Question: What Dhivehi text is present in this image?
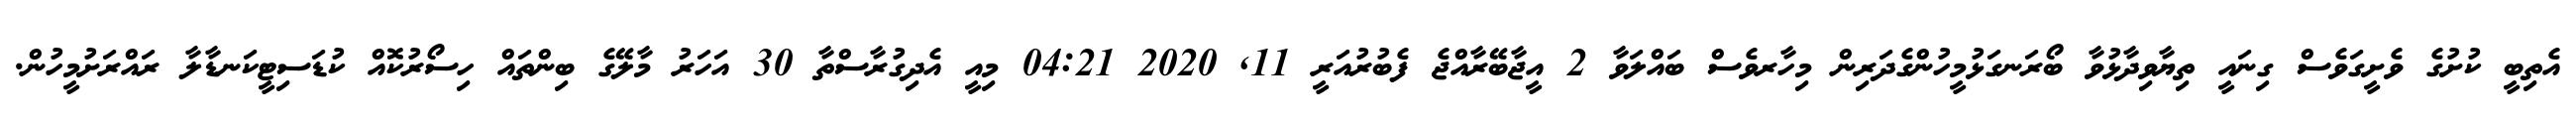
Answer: އެތިބީ ކުށުގެ ވެށީގަވެސް ގިނައީ ތިޔާވިދާޅުވާ ބޯރަނގަޅުމީހުންގެދަރިން މިހާރވެސް ބައްލަވާ 2 އީޖާބޭރާއްޖެ ފެބުރުއަރީ 11, 2020 04:21 މިއީ އެދިގުރާސްތާ 30 އަހަރު މާލޭގެ ބިންތައް ހިސޯރުކޮއް ކުޑަސިޓީކަނޑާލާ ރައްރަށުމީހުން.